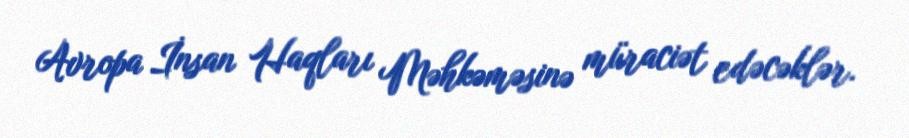
Avropa İnsan Haqları Məhkəməsinə müraciət edəcəklər.